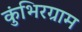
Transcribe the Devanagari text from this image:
कुंभिरग्राम